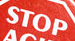
STOP